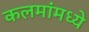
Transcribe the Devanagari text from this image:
कलमांमध्ये